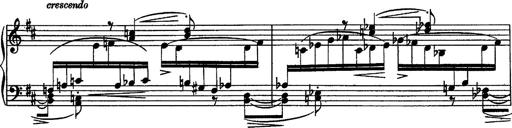
Title: Piano Sonata
Composer: Karl HÃ¤ssler
Key: C major